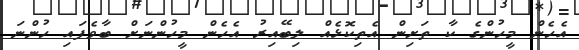
އެހެން މީހުންގެ ކާ ތަށިން އެތިކޮޅެއް ލިބޭއިރު އެހެން މީހުންނަށް ބާވެފައި ހުންނަ